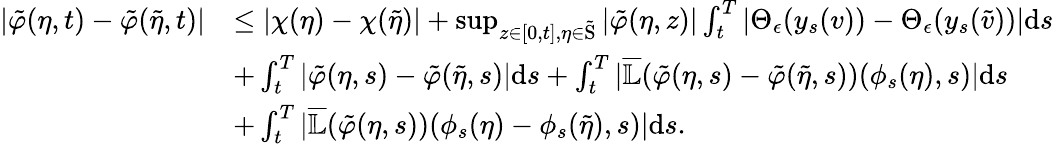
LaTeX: \begin{array}{rl}{|\tilde{\varphi}(\eta,t)-\tilde{\varphi}(\tilde{\eta},t)|}&{\leq|\chi(\eta)-\chi(\tilde{\eta})|+\operatorname*{sup}_{z\in[0,t],\eta\in\tilde{\textup{S}}}|\tilde{\varphi}(\eta,z)|\int_{t}^{T}|\Theta_{\epsilon}(y_{s}(v))-\Theta_{\epsilon}(y_{s}(\tilde{v}))|\textup{d}s}\\ &{+\int_{t}^{T}|\tilde{\varphi}(\eta,s)-\tilde{\varphi}(\tilde{\eta},s)|\textup{d}s+\int_{t}^{T}|\overline{{\mathbb{L}}}(\tilde{\varphi}(\eta,s)-\tilde{\varphi}(\tilde{\eta},s))(\phi_{s}(\eta),s)|\textup{d}s}\\ &{+\int_{t}^{T}|\overline{{\mathbb{L}}}(\tilde{\varphi}(\eta,s))(\phi_{s}(\eta)-\phi_{s}(\tilde{\eta}),s)|\textup{d}s.}\end{array}